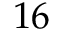
1 6